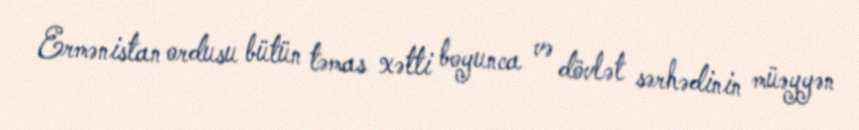
Ermənistan ordusu bütün təmas xətti boyunca və dövlət sərhədinin müəyyən